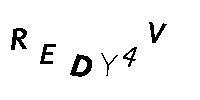
REDY4V